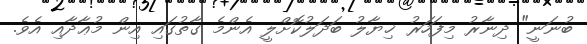
ބުނަނީ" ދިނާރު މިފަހަރު ޚިޔާލު ބަދަލުކޮށްލީ އެންމެ ގާތުގައި އިން މުޢާދާއި އެވެ.